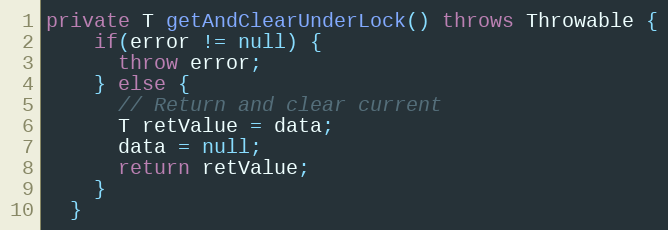
Language: Java
private T getAndClearUnderLock() throws Throwable {
    if(error != null) {
      throw error;
    } else {
      // Return and clear current
      T retValue = data;
      data = null;
      return retValue;
    }
  }